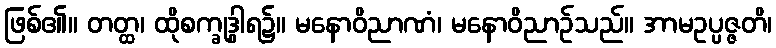
ဖြစ်၏။ တတ္ထ၊ ထိုစက္ခုဒွါရ၌။ မနောဝိညာဏံ၊ မနောဝိညာဉ်သည်။ အာမဥပ္ပဇ္ဇတိ၊